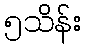
၅သိန်း